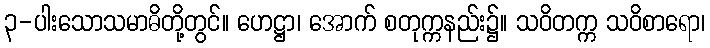
၃-ပါးသောသမာဓိတို့တွင်။ ဟေဋ္ဌာ၊ အောက် စတုက္ကနည်း၌။ သဝိတက္က သဝိစာရော၊